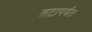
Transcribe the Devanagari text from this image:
तटापर्यंत